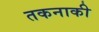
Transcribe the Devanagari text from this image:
तकनाकी